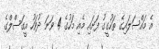
އެ މައްސަލައިގެ ތަހުގީގު ފަށައި މެއި މަހުގެ 4 ވަނަ ދުވަހު އީގަސްލްގެ